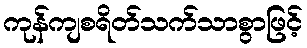
ကုန်ကျစရိတ်သက်သာစွာဖြင့်